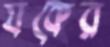
যকের